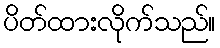
ပိတ်ထားလိုက်သည်။